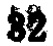
$82$